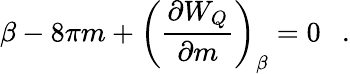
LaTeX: \beta-8\pi m+\left({\frac{\partial W_{Q}}{\partial m}}\right)_{\beta}=0~~~.